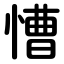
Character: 慒